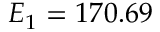
E _ { 1 } = 1 7 0 . 6 9